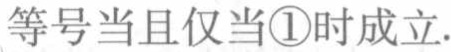
等号当且仅当\textcircled{1}时成立.